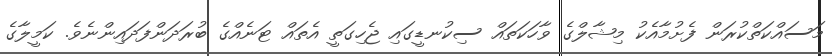
މަސައްކަތްކުރަން ފެށުމާއެކު މިޝާލްގެ ވާހަކަތައް ސިކުނޑީގައި ޖެހިގަތީ އެތައް ޓަނެއްގެ ބުރަދަންފަދައިންނެވެ. ކަމީލާގެ